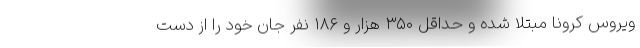
ویروس کرونا مبتلا شده و حداقل ۳۵۰ هزار و ۱۸۶ نفر جان خود را از دست